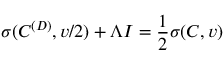
\boldsymbol { \sigma } ( \boldsymbol { C } ^ { ( D ) } , v / 2 ) + \Lambda I = \frac { 1 } { 2 } \boldsymbol { \sigma } ( \boldsymbol { C } , v )